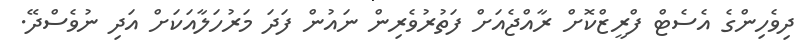
ދިވެހިންގެ އެސެޓް ފްރީޒްކޮށް ރާއްޖެއަށް ފަތުރުވެރިން ނައުން ފަދަ މަރުހަލާއަކަށް އަދި ނުވެސްދޭ.